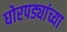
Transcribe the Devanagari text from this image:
घोरपड्यांच्या